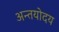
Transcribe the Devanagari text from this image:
अन्तयोदय